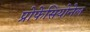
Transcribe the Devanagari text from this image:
प्रोफेसियोनेल